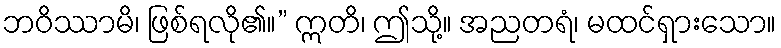
ဘဝိဿာမိ၊ ဖြစ်ရလို၏။” ဣတိ၊ ဤသို့။ အညတရံ၊ မထင်ရှားသော။